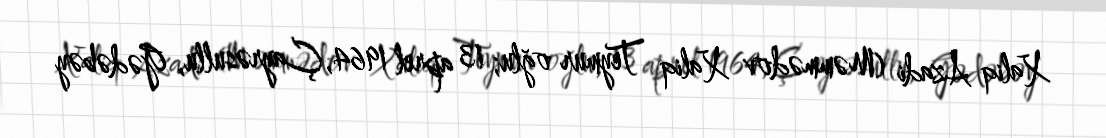
Xaliq Azadi (Məmmədov Xaliq Teymur oğlu; 13 aprel 1964, Çayrəsullu, Gədəbəy